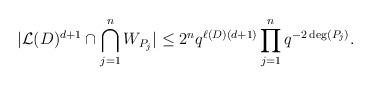
LaTeX: \begin{align*} \vert \mathcal{L}(D)^{d+1} \cap \bigcap_{j=1}^n W_{P_j} \vert \leq 2^n q^{\ell(D) (d+1)} \prod_{j=1}^n q^{-2 \deg(P_j)}. \end{align*}